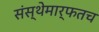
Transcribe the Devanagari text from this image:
संस्थेमार्फतच